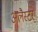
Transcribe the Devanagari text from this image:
अलैस्टर